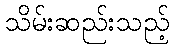
သိမ်းဆည်းသည့်